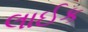
લાઈક